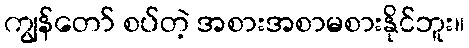
ကျွန်တော် စပ်တဲ့ အစားအစာမစားနိုင်ဘူး။